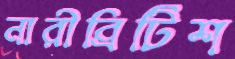
নারীব্রিটিশ